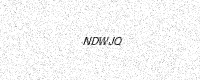
Text: NDWJQ